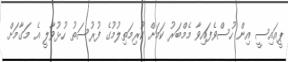
ޕީއައިސީ އިން ހުސްވެފައިވާ މެމްބަރު ކަމަށް ކުރިމަތިލުމުގެ ފުރުސަތު ހުޅުވާލީ އެ މަގާމަށް